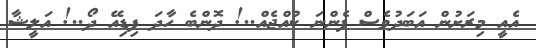
އެއީ މިރަށުން އަބަދުވެސް ފެންނަ ކުއްޖެއް..! ދޮންބެ ހާދަ ފިޑިއޭ ދޯ..! އަލީޝާ